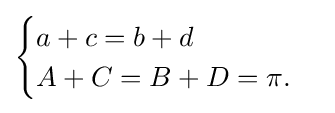
{\begin{cases}a+c=b+d\\A+C=B+D=\pi .\end{cases}}